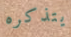
يتذكره